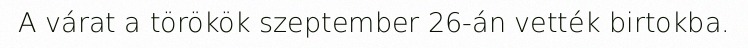
A várat a törökök szeptember 26-án vették birtokba.